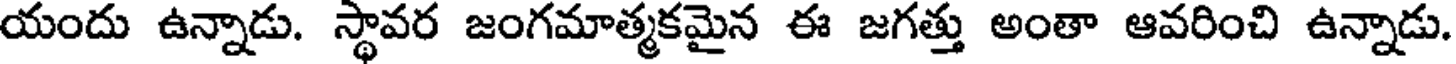
యందు ఉన్నాడు. స్థావర జంగమాత్మకమైన ఈ జగత్తు అంతా ఆవరించి ఉన్నాడు.